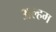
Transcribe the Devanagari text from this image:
अल्हम